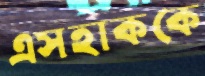
এসহাককে